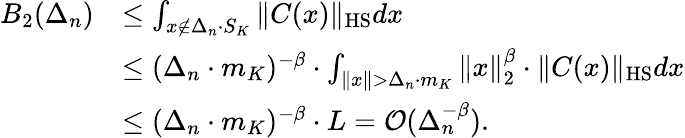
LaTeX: \begin{array}{rl}{B_{2}(\Delta_{n})}&{\le\int_{x\not\in\Delta_{n}\cdot S_{K}}\| C(x)\| _{\mathrm{HS}}dx}\\ &{\le(\Delta_{n}\cdot m_{K})^{-\beta}\cdot\int_{\| x\| >\Delta_{n}\cdot m_{K}}\| x\| _{2}^{\beta}\cdot\| C(x)\| _{\mathrm{HS}}dx}\\ &{\le(\Delta_{n}\cdot m_{K})^{-\beta}\cdot L={\cal O}(\Delta_{n}^{-\beta}).}\end{array}